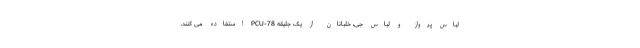
لباس پرواز و لباس جی، خلبانان از یک جلیقه PCU-78 استفاده می کنند.